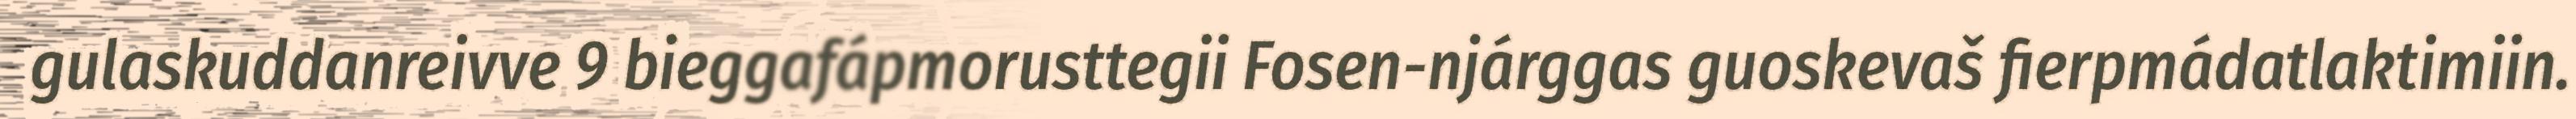
gulaskuddanreivve 9 bieggafápmorusttegii Fosen-njárggas guoskevaš fierpmádatlaktimiin.